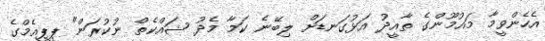
އެހެންވީމާ މައުމޫންގެ ތާއީދު އަޅުގަނޑަށް ލިބޭނެ ކަމާ މެދު ޝައްކެތް ނުކުރަން" ޕީޕީއެމްގެ